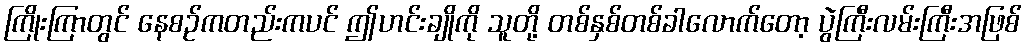
ကြိုးကြာတွင် နေစဉ်ကတည်းကပင် ဤဟင်းချိုကို သူတို့ တစ်နှစ်တစ်ခါလောက်တော့ ပွဲကြီးလမ်းကြီးအဖြစ်